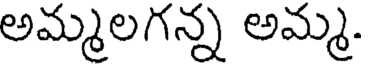
అమ్మలగన్న అమ్మ.